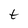
Character: t